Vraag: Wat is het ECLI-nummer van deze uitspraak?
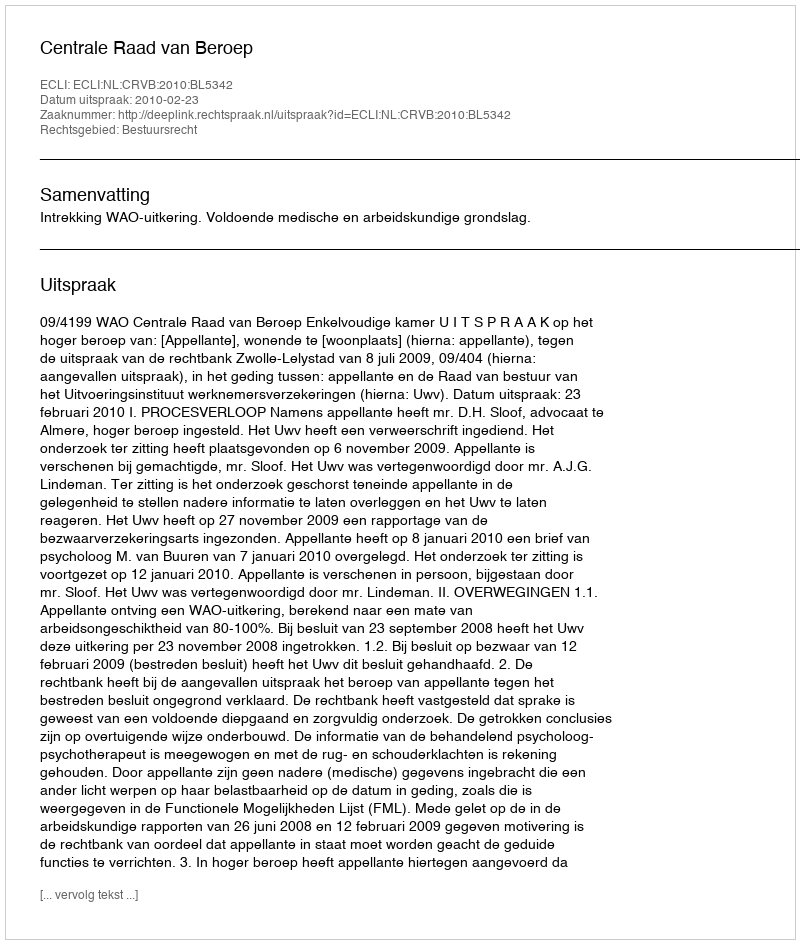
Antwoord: ECLI:NL:CRVB:2010:BL5342